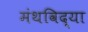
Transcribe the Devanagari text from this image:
मंथविद्या